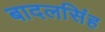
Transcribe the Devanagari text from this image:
बादलसिंह